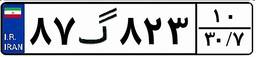
۸۷گ۸۲۳۱۰